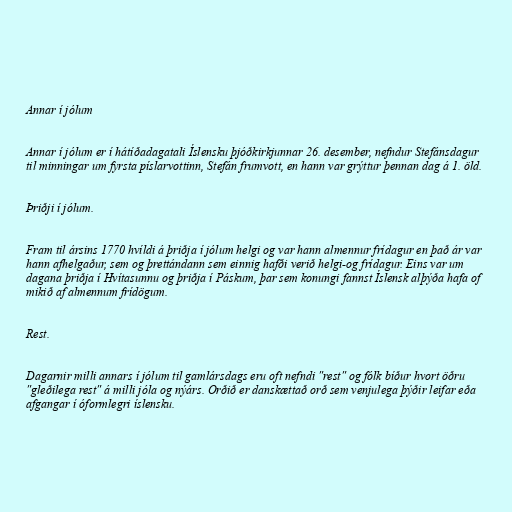
Annar í jólum

Annar í jólum er í hátíðadagatali Íslensku þjóðkirkjunnar 26. desember, nefndur Stefánsdagur
til minningar um fyrsta píslarvottinn, Stefán frumvott, en hann var grýttur þennan dag á 1. öld.

Þriðji í jólum.

Fram til ársins 1770 hvíldi á þriðja í jólum helgi og var hann almennur frídagur en það ár var
hann afhelgaður, sem og þrettándann sem einnig hafði verið helgi-og frídagur. Eins var um
dagana þriðja í Hvítasunnu og þriðja í Páskum, þar sem konungi fannst Íslensk alþýða hafa of
mikið af almennum frídögum.

Rest.

Dagarnir milli annars í jólum til gamlársdags eru oft nefndi "rest" og fólk bíður hvort öðru
"gleðilega rest" á milli jóla og nýárs. Orðið er danskættað orð sem venjulega þýðir leifar eða
afgangar í óformlegri íslensku.